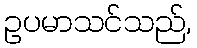
ဥပမာသင်သည်,